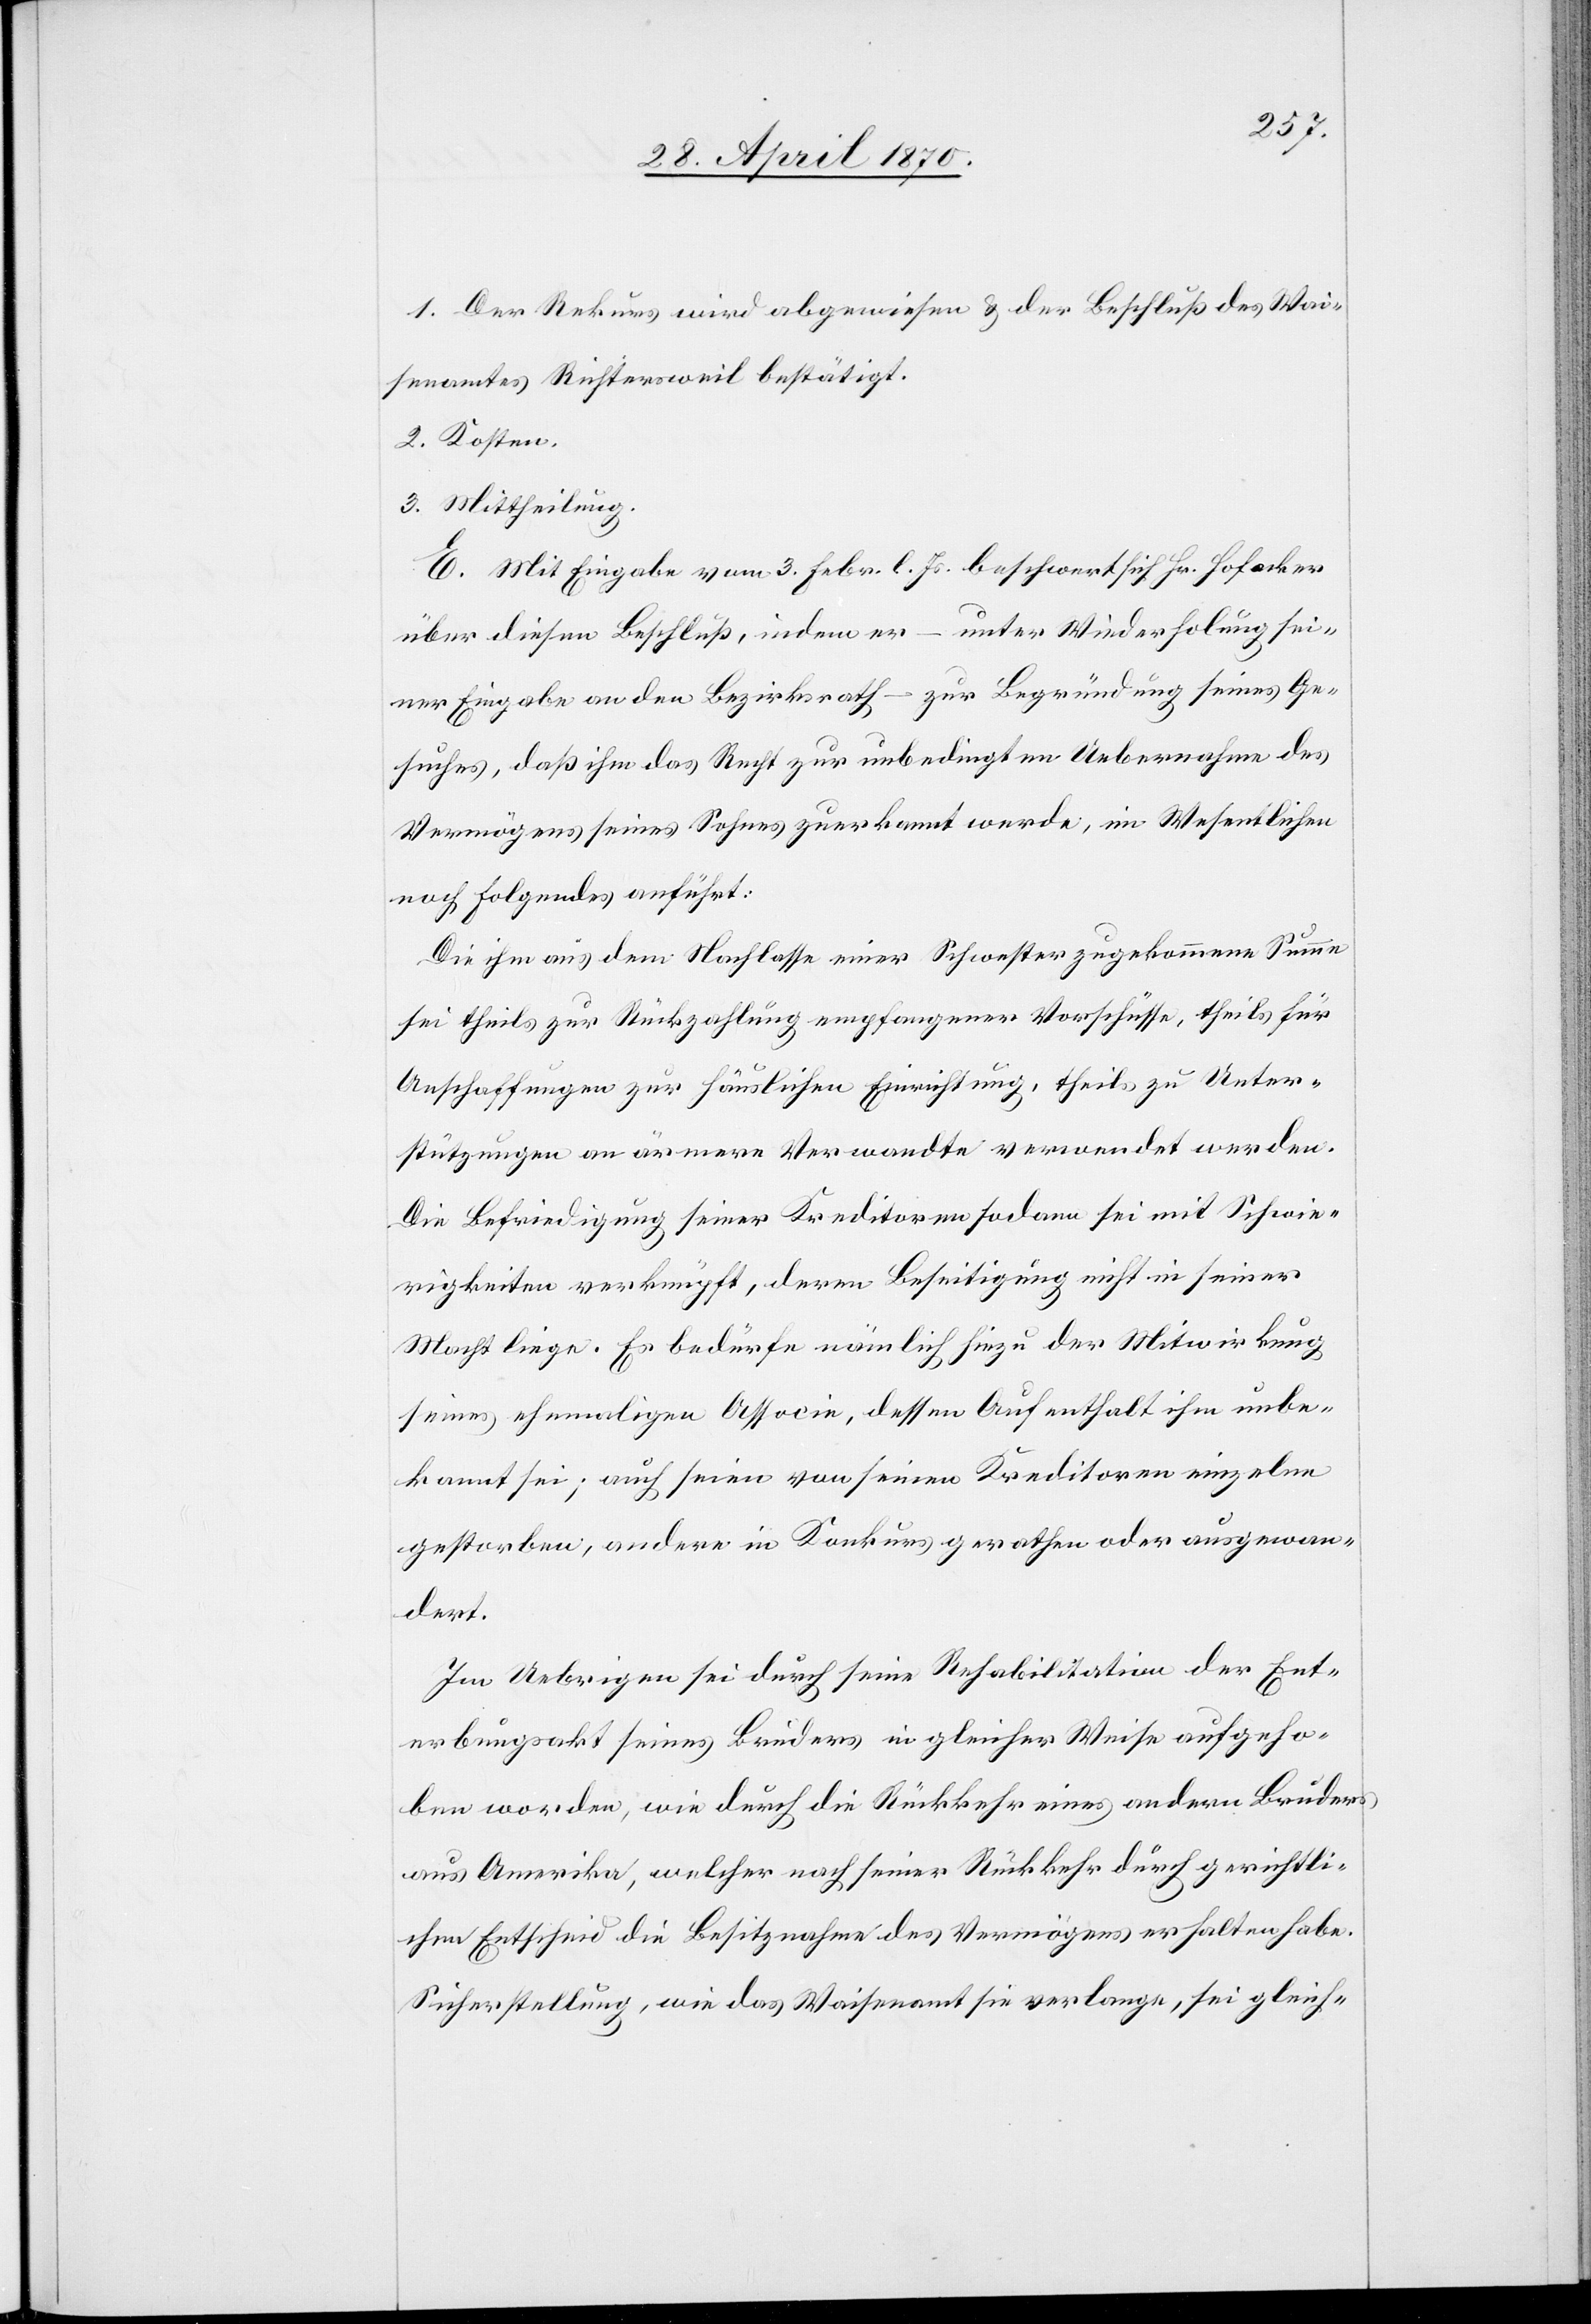
1. Der Rekurs wird abgewiesen & der Beschluß des Wai¬
senamtes Richtersweil bestätigt.
2. Kosten.
3. Mittheilung.
E. Mit Eingabe vom 3. Febr. l. Js. beschwert sich Hr. Hofacker
über diesen Beschluß, indem er – unter Wiederholung sei¬
ner Eingabe an den Bezirksrath – zur Begründung seines Ge¬
suches, daß ihm das Recht zur unbedingten Uebernahme des
Vermögens seines Sohnes zuerkannt werde, im Wesentlichen
noch Folgendes anführt:
Die ihm aus dem Nachlasse einer Schwester zugekommene Summe
sei theils zur Rückzahlung empfangener Vorschüsse, theils für
Anschaffungen zur häuslichen Einrichtung, theils zu Unter¬
stützungen an ärmere Verwandte verwendet worden.
Die Befriedigung seiner Kreditoren sodann sei mit Schwie¬
rigkeiten verknüpft, deren Beseitigung nicht in seiner
Macht liege. Es bedürfe nämlich hiezu der Mitwirkung
seines ehemaligen Associe, dessen Aufenthalt ihm unbe¬
kannt sei; auch seien von seinen Kreditoren einzelne
gestorben, andere in Konkurs gerathen oder ausgewan¬
dert.
Im Uebrigen sei durch seine Rehabilitation der Ent¬
erbungsakt seines Bruders in gleicher Weise aufgeho¬
ben worden, wie durch die Rückkehr eines andern Bruders
aus Amerika, welcher nach seiner Rückkehr durch gerichtli¬
chen Entscheid die Besitznahme des Vermögens erhalten habe.
Sicherstellung, wie das Waisenamt sie verlange, sei gleich-